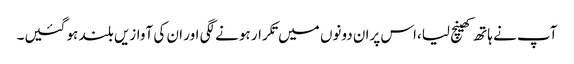
آپ نے ہاتھ کھینچ لیا،اس پران دونوں میں تکرار ہونے لگی اور ان کی آوازیں بلند ہو گئیں۔